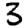
Digit: 3